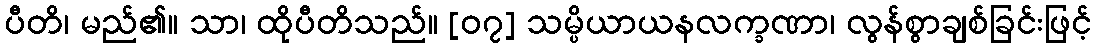
ပီတိ၊ မည်၏။ သာ၊ ထိုပီတိသည်။ [၀၇] သမ္ပိယာယနလက္ခဏာ၊ လွန်စွာချစ်ခြင်းဖြင့်